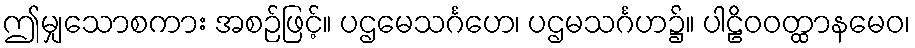
ဤမျှသောစကား အစဉ်ဖြင့်။ ပဌမေသင်္ဂဟေ၊ ပဌမသင်္ဂဟ၌။ ပါဠိဝဝတ္ထာနမေဝ၊